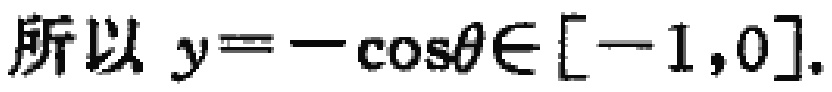
所以 \(y = -\cos\theta\in[-1,0]\).